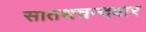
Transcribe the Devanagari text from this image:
सातथचन्दवार